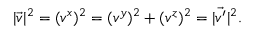
| \vec { v } | ^ { 2 } = ( v ^ { x } ) ^ { 2 } = ( v ^ { y } ) ^ { 2 } + ( v ^ { z } ) ^ { 2 } = | \vec { v ^ { \prime } } | ^ { 2 } .